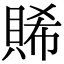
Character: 𧶖